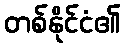
တစ်နိုင်ငံ၏